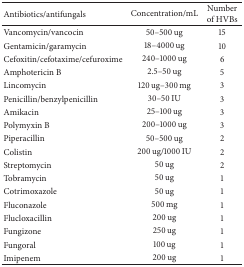
<table><thead><tr><td><b>Antibiotics/antifungals</b></td><td><b>Concentration/mL</b></td><td><b>Number of HVBs</b></td></tr></thead><tbody><tr><td>Vancomycin/vancocin</td><td>50–500 ug</td><td>15</td></tr><tr><td>Gentamicin/garamycin</td><td>18–4000 ug</td><td>10</td></tr><tr><td>Cefoxitin/cefotaxime/cefuroxime</td><td>240–1000 ug</td><td>6</td></tr><tr><td>Amphotericin B</td><td>2.5–50 ug</td><td>5</td></tr><tr><td>Lincomycin</td><td>120 ug–300 mg</td><td>3</td></tr><tr><td>Penicillin/benzylpenicillin</td><td>30–50 IU</td><td>3</td></tr><tr><td>Amikacin</td><td>25–100 ug</td><td>3</td></tr><tr><td>Polymyxin B</td><td>200–1000 ug</td><td>3</td></tr><tr><td>Piperacillin</td><td>50–500 ug</td><td>2</td></tr><tr><td>Colistin</td><td>200 ug/1000 IU</td><td>2</td></tr><tr><td>Streptomycin</td><td>50 ug</td><td>2</td></tr><tr><td>Tobramycin</td><td>50 ug</td><td>1</td></tr><tr><td>Cotrimoxazole</td><td>50 ug</td><td>1</td></tr><tr><td>Fluconazole</td><td>500 mg</td><td>1</td></tr><tr><td>Flucloxacillin</td><td>200 ug</td><td>1</td></tr><tr><td>Fungizone</td><td>250 ug</td><td>1</td></tr><tr><td>Fungoral</td><td>100 ug</td><td>1</td></tr><tr><td>Imipenem</td><td>200 ug</td><td>1</td></tr></tbody></table>